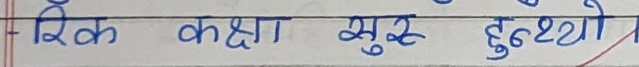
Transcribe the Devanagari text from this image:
रिक कक्षा सुरु हुन्थ्यो